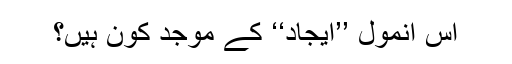
اس انمول ’’ایجاد‘‘ کے موجد کون ہیں؟